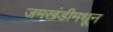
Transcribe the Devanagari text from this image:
जमखंडीमधून